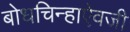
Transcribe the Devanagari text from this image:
बोधचिन्हाऐवजी